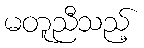
မတူညီသည့်